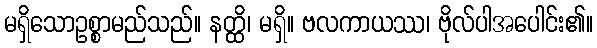
မရှိသောဥစ္စာမည်သည်။ နတ္ထိ၊ မရှိ။ ဗလကာယဿ၊ ဗိုလ်ပါအပေါင်း၏။